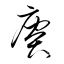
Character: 賡